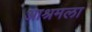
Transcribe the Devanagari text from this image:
आश्रमला